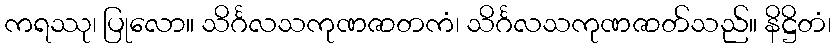
ကရဿု၊ ပြုလော။ သိင်္ဂလသကုဏဇာတကံ၊ သိင်္ဂလသကုဏဇာတ်သည်။ နိဋ္ဌိတံ၊